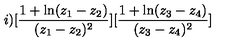
i ) [ \frac { 1 + \ln ( z _ { 1 } - z _ { 2 } ) } { ( z _ { 1 } - z _ { 2 } ) ^ { 2 } } ] [ \frac { 1 + \ln ( z _ { 3 } - z _ { 4 } ) } { ( z _ { 3 } - z _ { 4 } ) ^ { 2 } } ]